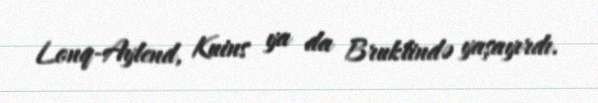
Lonq-Aylend, Kuins ya da Bruklində yaşayırdı.